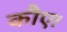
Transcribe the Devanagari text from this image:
कौए।